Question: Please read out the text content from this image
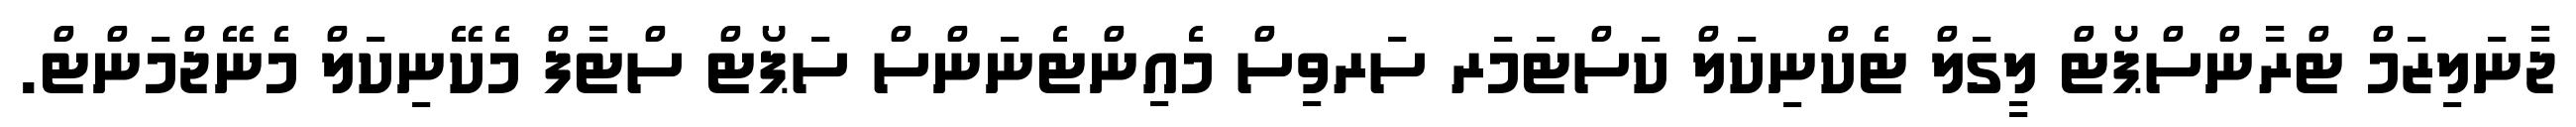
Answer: ޖާނަލިޒަމް ޓްރާންސްޕޯޓް ލީގަލް ޓެކްނިކަލް ކަސްޓަމަރ ސަރވިސް މެއިންޓެނަންސް ސަޕޯޓް ސްޓާފް މެކޭނިކަލް މެނޭޖްމަންޓް.